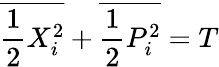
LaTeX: \overline{{\frac{1}{2}{X}_{i}^{2}}}+\overline{{\frac{1}{2}{P}_{i}^{2}}}=T